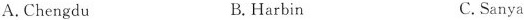
A.Chengdu B.Harbin C.Sanya